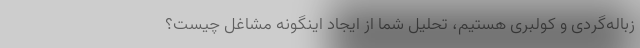
زباله‌گردی و کولبری هستیم، تحلیل شما از ایجاد اینگونه مشاغل چیست؟